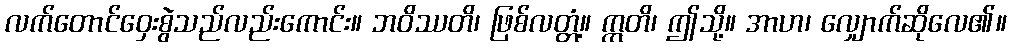
လက်တောင်ဝှေးစွဲသည်လည်းကောင်း။ ဘဝိဿတိ၊ ဖြစ်လတ္တံ့။ ဣတိ၊ ဤသို့။ အာဟ၊ လျှောက်ဆိုလေ၏။